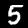
Digit: 5